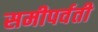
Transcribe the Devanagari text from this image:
समीपर्वती